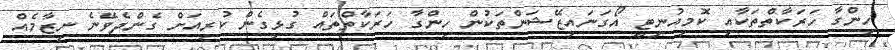
ހިންގާ ހަރަކާތްތަކާއި ކޮމިއުނިޓީ އޯގަނައިޒޭޝަންތަކުން ހިންގާ ހަރަކާތްތައް ގުޅިގެން ކުރިއަށް ގެންދެވޭނެ ނިޒާމެއް